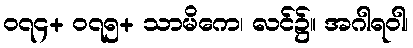
၀၇၄+ ၀၇၅+ သာမိကေ၊ လင်၌။ အဂါရဝါ၊